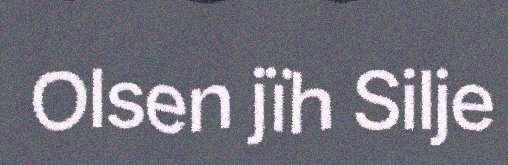
Olsen jïh Silje